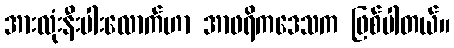
အားလုံးနီးပါးလောက်ဟာ အာဖရိကဒေသက ဖြစ်ပါတယ်။